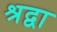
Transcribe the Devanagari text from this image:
श्रद्वा